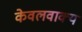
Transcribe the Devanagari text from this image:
केवलवाक्य